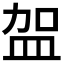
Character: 𭽿